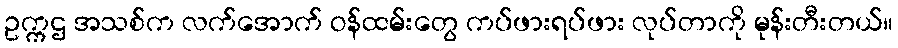
ဥက္ကဌ အသစ်က လက်အောက် ဝန်ထမ်းတွေ ကပ်ဖားရပ်ဖား လုပ်တာကို မုန်းတီးတယ်။